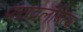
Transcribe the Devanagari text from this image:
परावलंबित्व